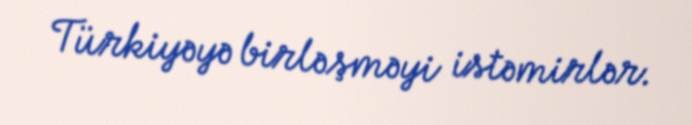
Türkiyəyə birləşməyi istəmirlər.